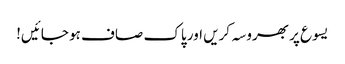
یسوع پر بھروسہ کریں اور پاک صاف ہو جائیں!